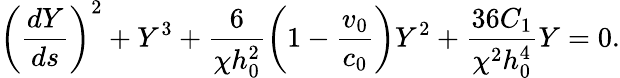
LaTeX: \left(\frac{dY}{ds}\right)^{2}+Y^{3}+\frac{6}{\chi h_{0}^{2}}\left(1-\frac{v_{0}}{c_{0}}\right)Y^{2}+\frac{36C_{1}}{\chi^{2}h_{0}^{4}}Y=0.